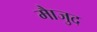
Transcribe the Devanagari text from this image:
माैजुद